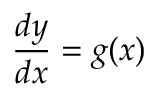
{ \frac { d y } { d x } } = g ( x )